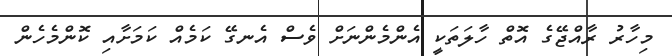
މިހާރު ރާއްޖޭގެ އޮތް ހާލަތަކީ އެންމެންނަށް ވެސް އެނގޭ ކަމެއް ކަމަށާއި ކޮންމެހެން